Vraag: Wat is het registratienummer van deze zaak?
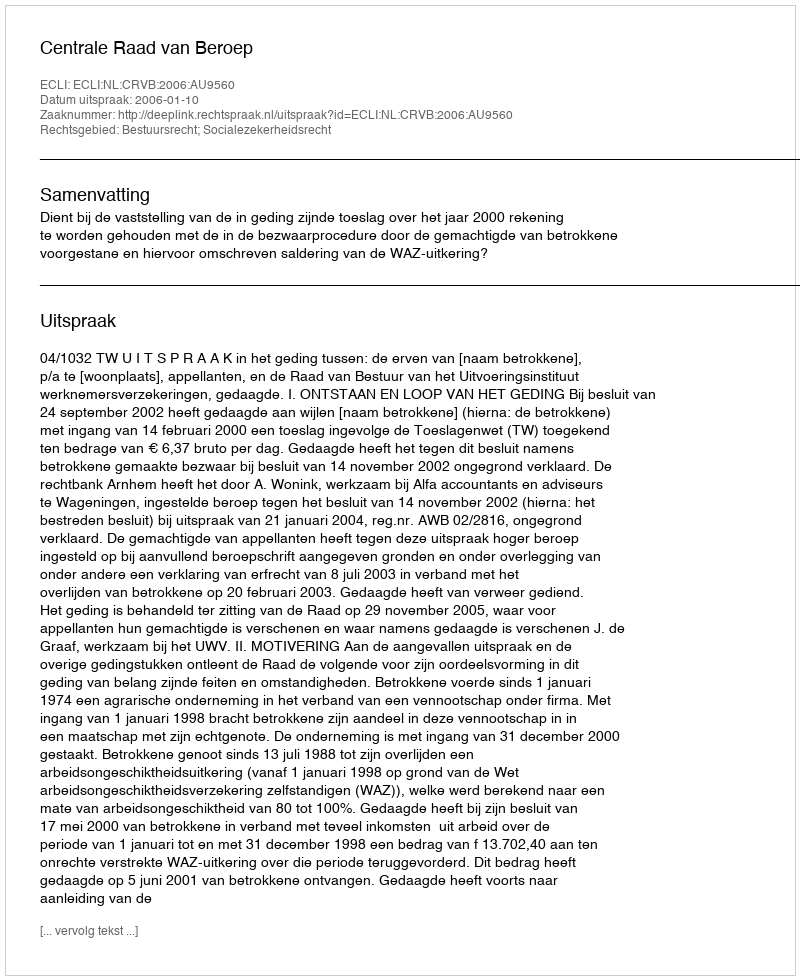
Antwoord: http://deeplink.rechtspraak.nl/uitspraak?id=ECLI:NL:CRVB:2006:AU9560